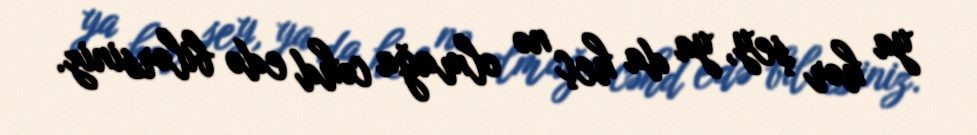
ya hər şey, ya da heç nə olmağa cəhd edə bilərsiniz.